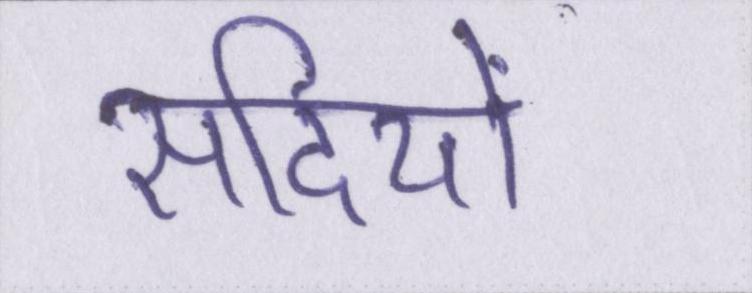
सदियों